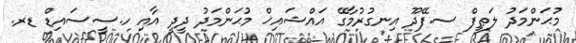
މުޙަންމަދު ލަޠީފް ސ.ފޭދޫ އިނގުރުމާގޭ އައްޝައިޚް މުޙަންމަދު ދީދީ އާއި ހ.ސީސައިޑް ޑރ.